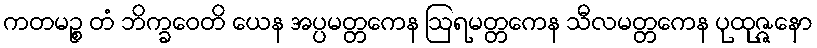
ကတမဉ္စ တံ ဘိက္ခဝေတိ ယေန အပ္ပမတ္တကေန ဩရမတ္တကေန သီလမတ္တကေန ပုထုဇ္ဇနော